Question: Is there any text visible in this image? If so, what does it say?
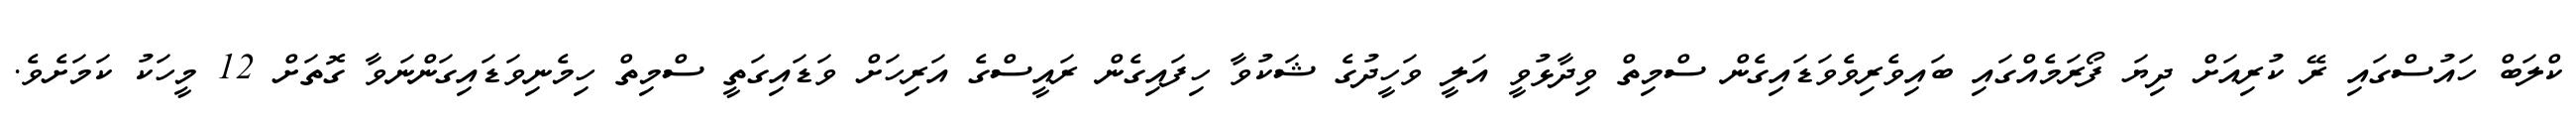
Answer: ކްލަބް ހައުސްގައި ރޭ ކުރިއަށް ދިޔަ ފޯރަމެއްގައި ބައިވެރިވެވަޑައިގެން ސްމިތް ވިދާޅުވީ އަލީ ވަހީދުގެ ޝަކުވާ ހިފައިގެން ރައީސްގެ އަރިހަށް ވަޑައިގަތީ ސްމިތް ހިމެނިވަޑައިގަންނަވާ ގޮތަށް 12 މީހަކު ކަމަށެވެ.